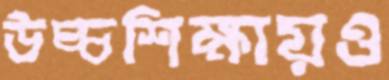
উচ্চশিক্ষায়ও